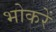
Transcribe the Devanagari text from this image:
भोकरें